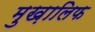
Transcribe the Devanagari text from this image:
मुख़ालिफ